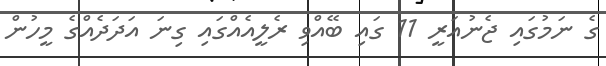
ގެ ނަމުގައި ޖެނުއަރީ 11 ގައި ބޭއްވި ރެލީއެއްގައި ގިނަ އަދަދެއްގެ މީހުން